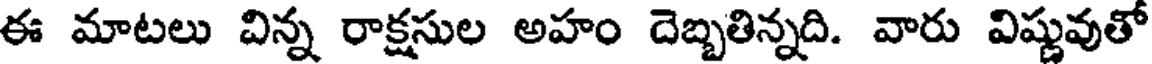
ఈ మాటలు విన్న రాక్షసుల అహం దెబ్బతిన్నది. వారు విష్ణువుతో